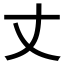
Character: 丈